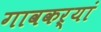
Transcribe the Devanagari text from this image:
गावकऱ्यां